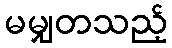
မမျှတသည့်